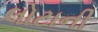
લોટાની